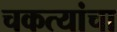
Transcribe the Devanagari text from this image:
चकत्यांचा